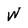
Character: W